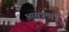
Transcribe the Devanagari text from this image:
आसन्नमृत्यु